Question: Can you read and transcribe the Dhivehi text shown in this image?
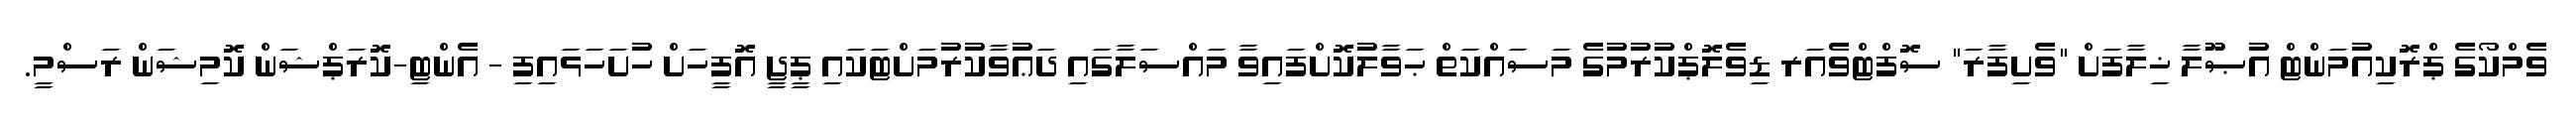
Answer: ވެމްކޯގެ ޕްރޮކިއުމަންޓް އުޞޫލާ ޚިލާފަށް "ވެށިފާރަ" ސޮފްޓްވެއަރ ޑިވެލޮޕްކުރުމުގެ މަސައްކަތް ޙަވާލުކޮށްފައިވާ މައްސަލާގައި ދަޢުވާކުރުމަށްޓަކައި ޕީޖީ އޮފީހަށް ހުށަހަޅައިފި - އެންޓި-ކޮރަޕްޝަން ކޮމިޝަން ރަސްމީ.